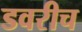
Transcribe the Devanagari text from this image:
डवरीच